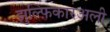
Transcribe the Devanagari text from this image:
झुल्फ़िकारअली